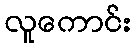
လူကောင်း